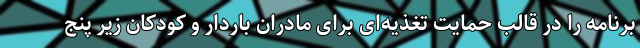
برنامه را در قالب حمایت تغذیه‌ای برای مادران باردار و کودکان زیر پنج